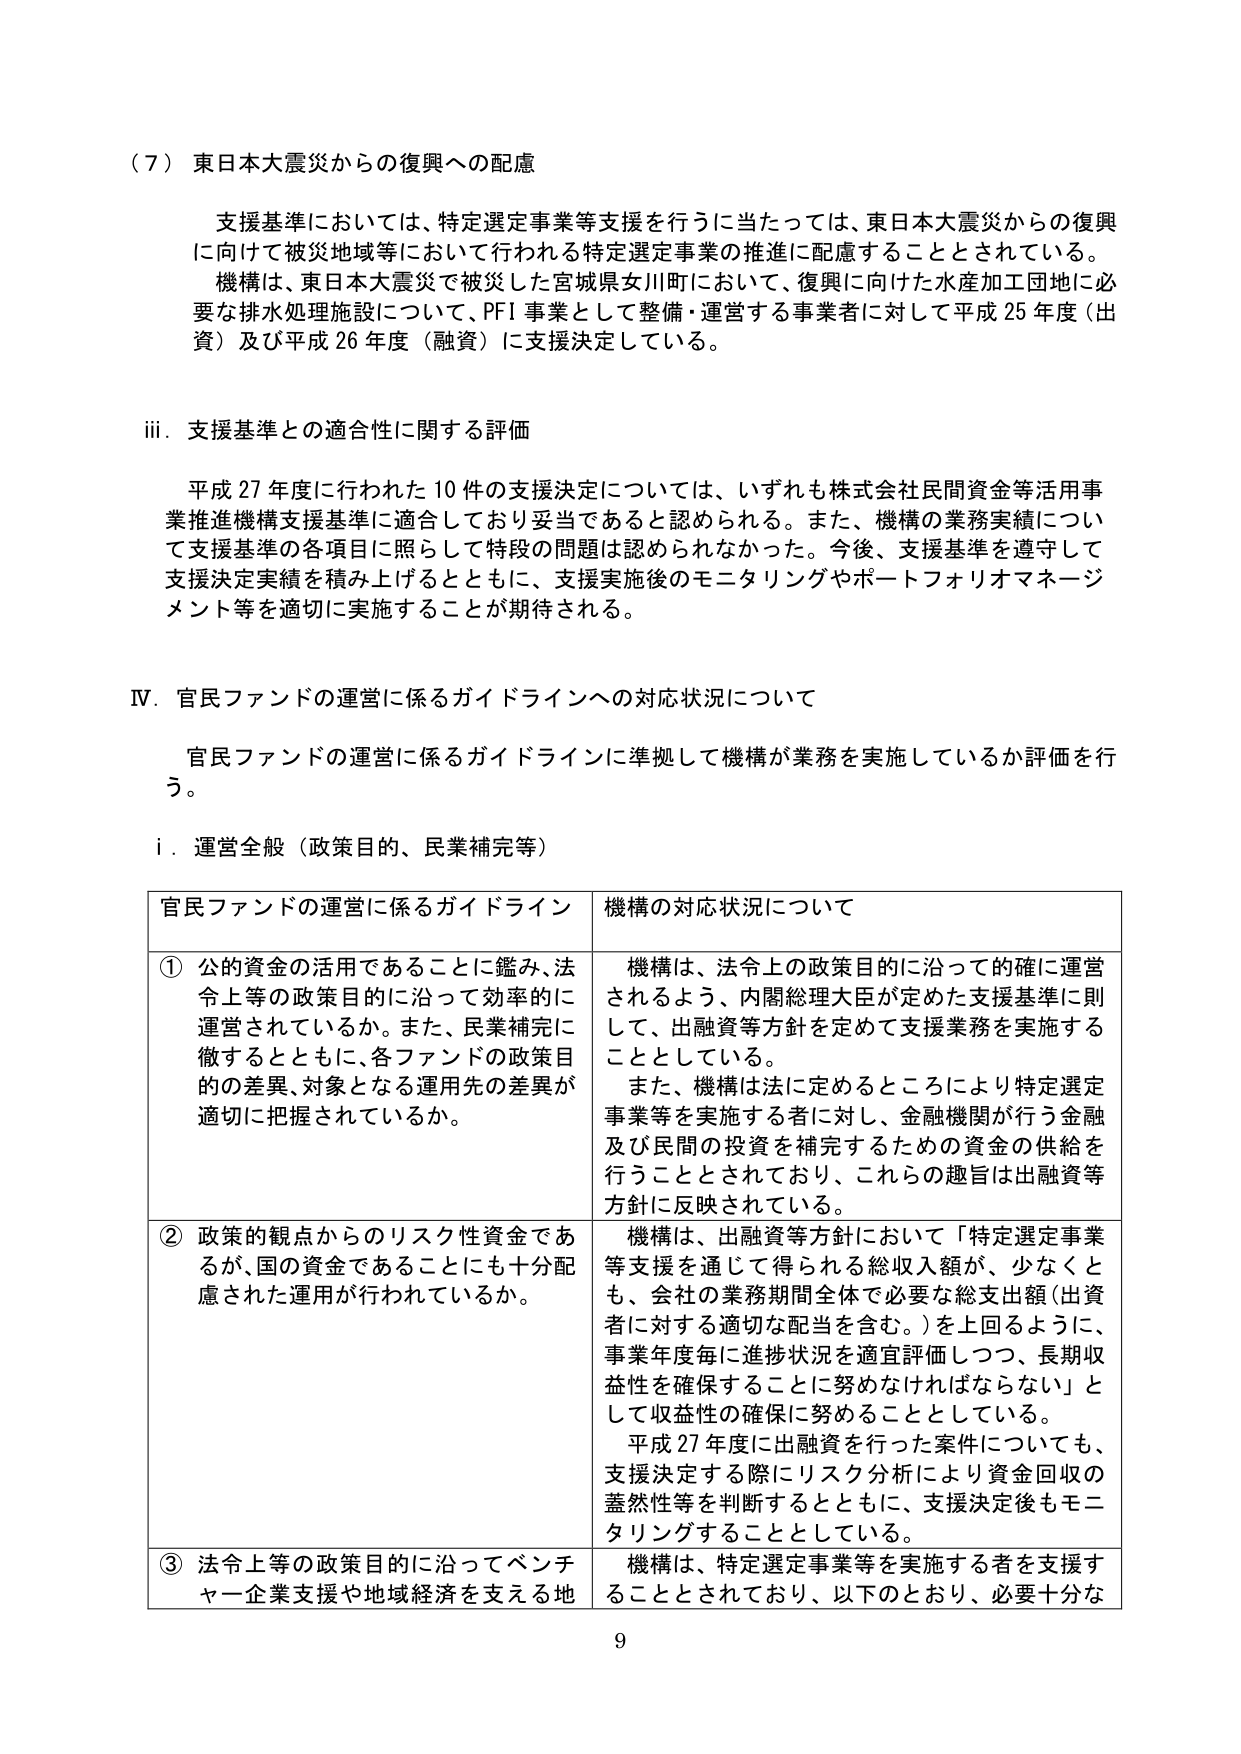
（７）東日本大震災からの復興への配慮

支援基準においては、特定選定事業等支援を行うに当たっては、東日本大震災からの復興に向けた被災地域等において行われる特定選定事業の推進に配慮することとされている。

機構は、東日本大震災で被災した宮城県女川町において、復興に向けた水産加工団地に必要な排水処理施設について、PFI事業として整備・運営する事業者に対して平成25年度（出資）及び平成26年度（融資）に支援決定している。

iii．支援基準との適合性に関する評価

平成27年度に行われた10件の支援決定については、いずれも株式会社民間資金等活用事業推進機構支援基準に適合しており妥当であると認められる。また、機構の業務実績について支援基準の各項目に照らして特段の問題は認められなかった。今後、支援基準を遵守して支援決定実績を積み上げるとともに、支援実施後のモニタリングやポートフォリオマネジメント等を適切に実施することが期待される。

IV．官民ファンドの運営に係るガイドラインへの対応状況について

官民ファンドの運営に係るガイドラインに準拠して機構が業務を実施しているか評価を行う。

i．運営全般（政策目的、民業補完等）

官民ファンドの運営に係るガイドライン　　機構の対応状況について

① 公的資金の活用であることに鑑み、法令上等の政策目的に沿って効率的に運営されているか。また、民業補完に徹するとともに、各ファンドの政策目的の差異、対象となる運用先の差異が適切に把握されているか。

機構は、法令上の政策目的に沿って的確に運営されるよう、内閣総理大臣が定めた支援基準に則して、出融資等方針を定めて支援業務を実施することとしている。

また、機構は法に定めるところにより特定選定事業等を実施する者に対し、金融機関が行う金融及び民間の投資を補完するための資金の供給を行うこととされており、これらの趣旨は出融資等方針に反映されている。

② 政策的観点からのリスク性資金であるが、国の資金であることに も十分配慮された運用が行われているか。

機構は、出融資等方針において「特定選定事業等支援を通じて得られる総収入額が、少なくとも、会社の業務期間全体で必要な総支出額（出資者に対する適切な配当を含む。）を上回るように、事業年度毎に進捗状況を適宜評価しつつ、長期収益性を確保することに努めなければならない」として収益性の確保に努めることとしている。

平成27年度に出融資を行った案件についても、支援決定する際にリスク分析により資金回収の蓋然性等を判断するとともに、支援決定後もモニタリングすることとしている。

③ 法令上等の政策目的に沿ってベンチャー企業支援や地域経済を支える地

機構は、特定選定事業等を実施する者を支援することとされており、以下のとおり、必要十分な

9